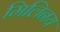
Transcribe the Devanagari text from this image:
मिलिनय